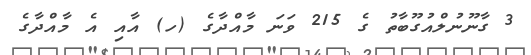
3 ގާނޫނުލްއުގޫޫބާތު ގެ 215 ވަނަ މާއްދާގެ (ހ) އާއި އެ މާއްދާގެ